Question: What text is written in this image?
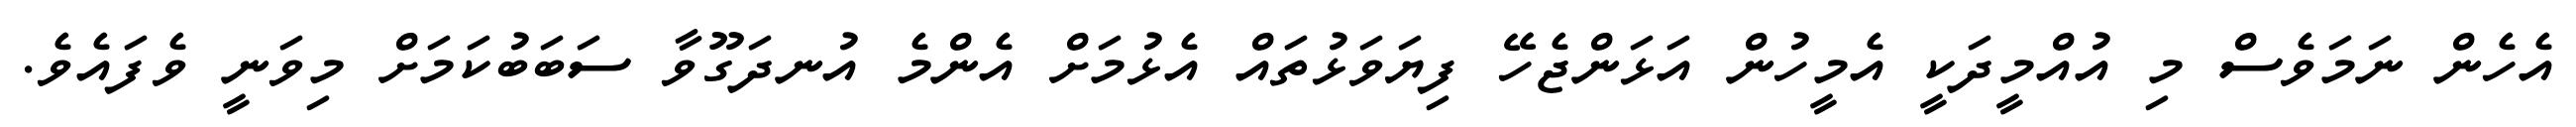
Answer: އެހެން ނަމަވެސް މި އުއްމީދަކީ އެމީހުން އަޅަންޖެހޭ ފިޔަވަޅުތައް އެޅުމަށް އެންމެ އުނދަގޫވާ ސަބަބުކަމަށް މިވަނީ ވެފައެވެ.